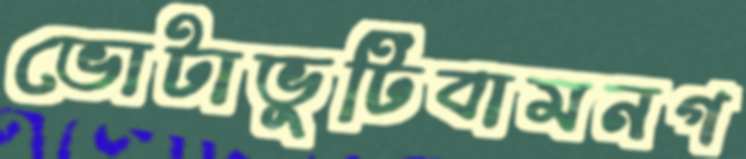
ভোটাভুটিবামনগ